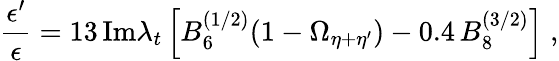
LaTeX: \frac{\epsilon^{\prime}}{\epsilon}=13\, \mathrm{Im}\lambda_{t}\left[B_{6}^{(1/2)}(1-\Omega_{\eta+\eta^{\prime}})-0.4\, B_{8}^{(3/2)}\right]\; ,